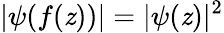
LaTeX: |\psi(f(\mathit{z}))|=|\psi(\mathit{z})|^{2}